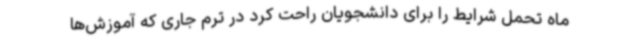
ماه تحمل شرایط را برای دانشجویان راحت کرد در ترم جاری که آموزش‌ها